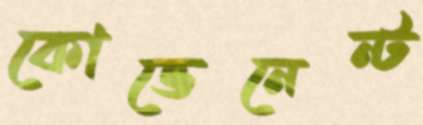
কোভেনেন্ট